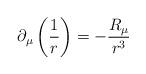
LaTeX: \begin{align*}\partial _\mu \left( \frac 1r\right) =-\frac {R_\mu }{r^3} \end{align*}